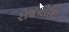
રોજનીશિ